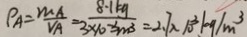
P _ { A } = \frac { m _ { A } } { V A } = \frac { 8 \cdot 1 k g } { 3 \times 1 0 ^ { - 3 } m ^ { 3 } } = 2 . 7 \times 1 0 ^ { 3 } k g / m ^ { 3 }